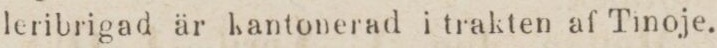
leribrigad är kantonerad i trakten af Tinoje.